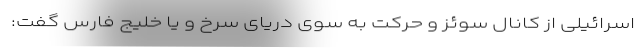
اسرائیلی از کانال سوئز و حرکت به سوی دریای سرخ و یا خلیج فارس گفت: